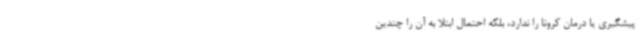
پیشگیری یا درمان کرونا را ندارد، بلکه احتمال ابتلا به آن را چندین